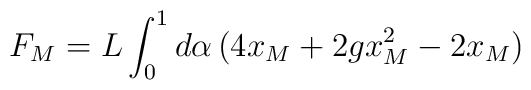
F_M = L \int_{0}^{1} d\alpha \, ( 4x_M + 2gx_M^2 - 2x_M )